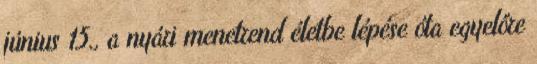
június 15., a nyári menetrend életbe lépése óta egyelőre